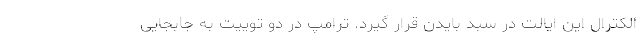
الکترال این ایالت در سبد بایدن قرار گیرد. ترامپ در دو توییت به جابجایی